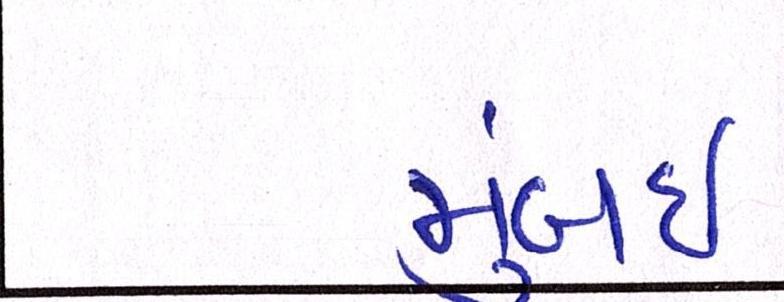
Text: મુંબઇઃ